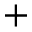
+